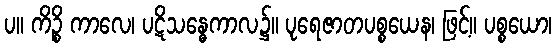
ပ။ ကိဉ္စိ ကာလေ၊ ပဋိသန္ဓေကာလ၌။ ပုရေဇာတပစ္စယေန၊ ဖြင့်။ ပစ္စယော၊